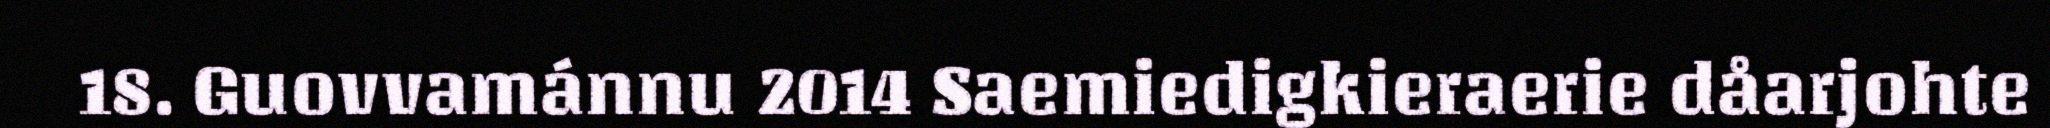
18. Guovvamánnu 2014 Saemiedigkieraerie dåarjohte